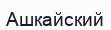
Ашкайский